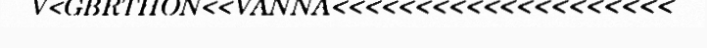
V<GBRTHON<<VANNA<<<<<<<<<<<<<<<<<<<<